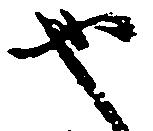
也